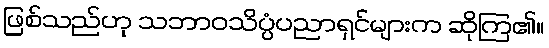
ဖြစ်သည်ဟု သဘာဝသိပ္ပံပညာရှင်များက ဆိုကြ၏။